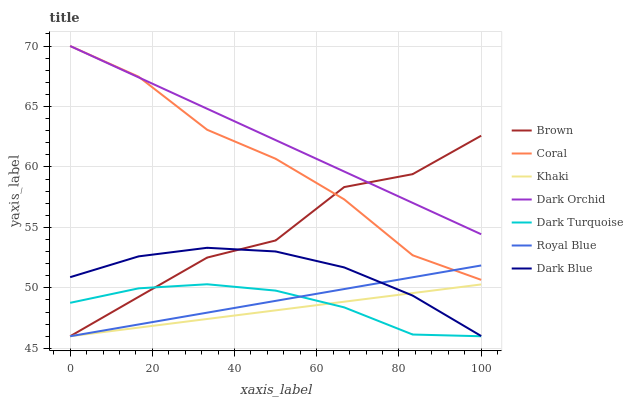
| xaxis_label | Brown | Coral | Khaki | Dark Orchid | Dark Turquoise | Royal Blue | Dark Blue |
 | --- | --- | --- | --- | --- | --- | --- | --- |
 | 0 | 46 | 70 | 46 | 70 | 48.8 | 46 | 50.9 |
 | 16.7 | 49.3 | 67.5 | 46.7 | 67.4 | 50 | 47 | 52.6 |
 | 33.3 | 52.5 | 63.1 | 47.4 | 64.8 | 50.3 | 48 | 53.3 |
 | 50 | 53.9 | 60.7 | 48.1 | 62.2 | 49.8 | 48.9 | 53 |
 | 66.7 | 58.3 | 57.3 | 48.9 | 59.6 | 48.4 | 49.9 | 51.7 |
 | 83.3 | 59.4 | 52.7 | 49.6 | 57 | 46.1 | 50.9 | 49.4 |
 | 100 | 62.6 | 50.7 | 50.3 | 54.4 | 46 | 51.9 | 46 |